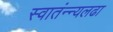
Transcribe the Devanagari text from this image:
स्वातंन्न्यलढा